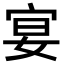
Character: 宴